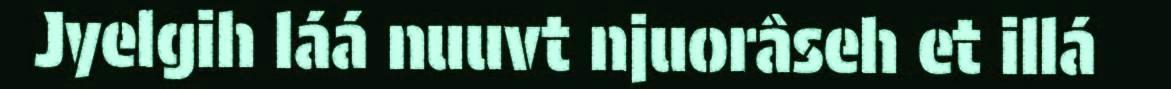
Jyelgih láá nuuvt njuorâseh et illá